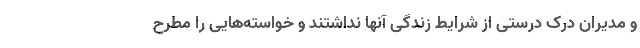
و مدیران درک درستی از شرایط زندگی آنها نداشتند و خواسته‌هایی را مطرح